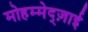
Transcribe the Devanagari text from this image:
मोहम्मेद्ज़ाई